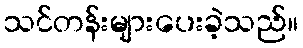
သင်တန်းများပေးခဲ့သည်။